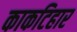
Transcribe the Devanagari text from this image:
काकटिहार